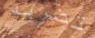
تضربه